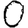
Digit: 0